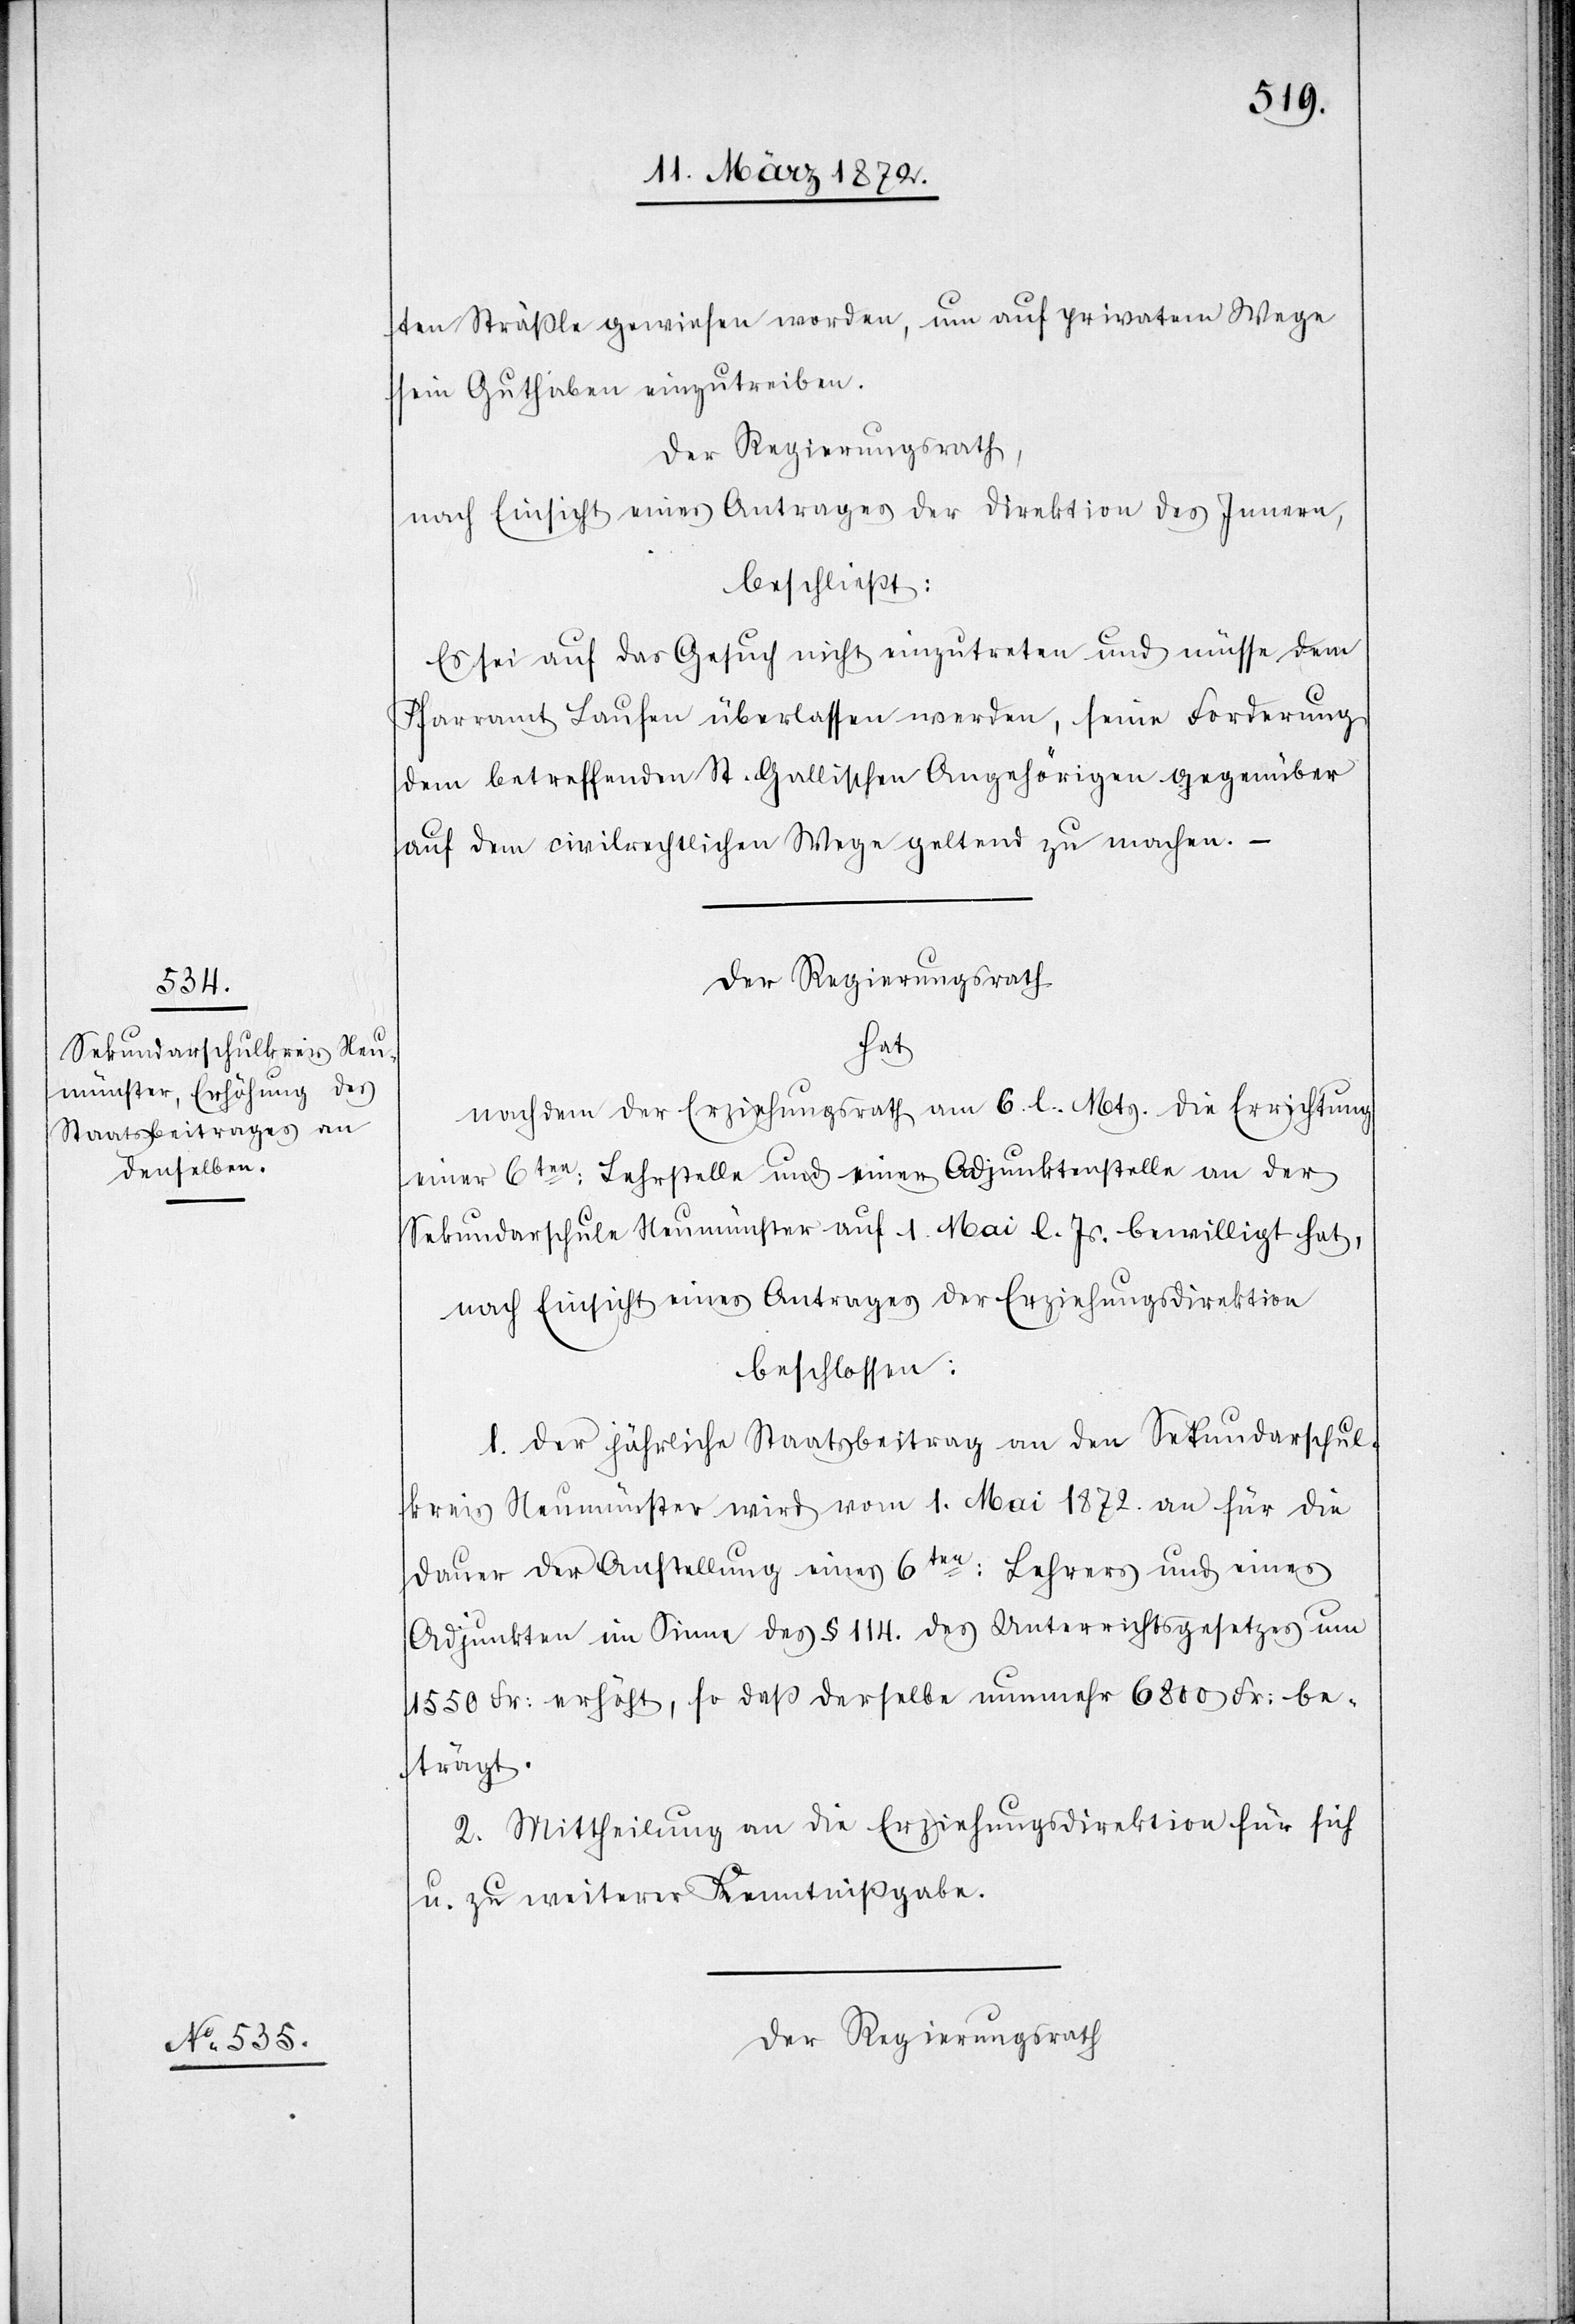
ten Sträßle gewiesen worden, um auf privatem Wege
sein Guthaben einzutreiben.
Der Regierungsrath,
nach Einsicht eines Antrages der Direktion des Innern,
beschließt:
Es sei auf das Gesuch nicht einzutreten und müsse dem
Pfarramt Laufen überlassen werden, seine Forderung
dem betreffenden St. Gallischen Angehörigen gegenüber
auf dem civilrechtlichen Wege geltend zu machen. –
Der Regierungsrath
hat
nachdem der Erziehungsrath am 6. l. Mts. die Errichtung
einer 6ten: Lehrstelle und einer Adjunktenstelle an der
Sekundarschule Neumünster auf 1. Mai l. Js. bewilligt hat,
nach Einsicht eines Antrages der Erziehungsdirektion
beschlossen:
1. Der jährliche Staatsbeitrag an den Sekundarschul¬
kreis Neumünster wird vom 1. Mai 1872. an für die
Dauer der Anstellung eines 6ten: Lehrers und eines
Adjunkten im Sinne des § 114. des Unterrichtsgesetzes um
1550 Fr: erhöht, so daß derselbe nunmehr 6800 Fr: be¬
trägt.
2. Mittheilung an die Erziehungsdirektion für sich
u. zu weiterer Kenntnißgabe.
Der Regierungsrath